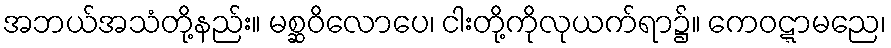
အဘယ်အသံတို့နည်း။ မစ္ဆဝိလောပေ၊ ငါးတို့ကိုလုယက်ရာ၌။ ကေဝဋ္ဋာမညေ၊